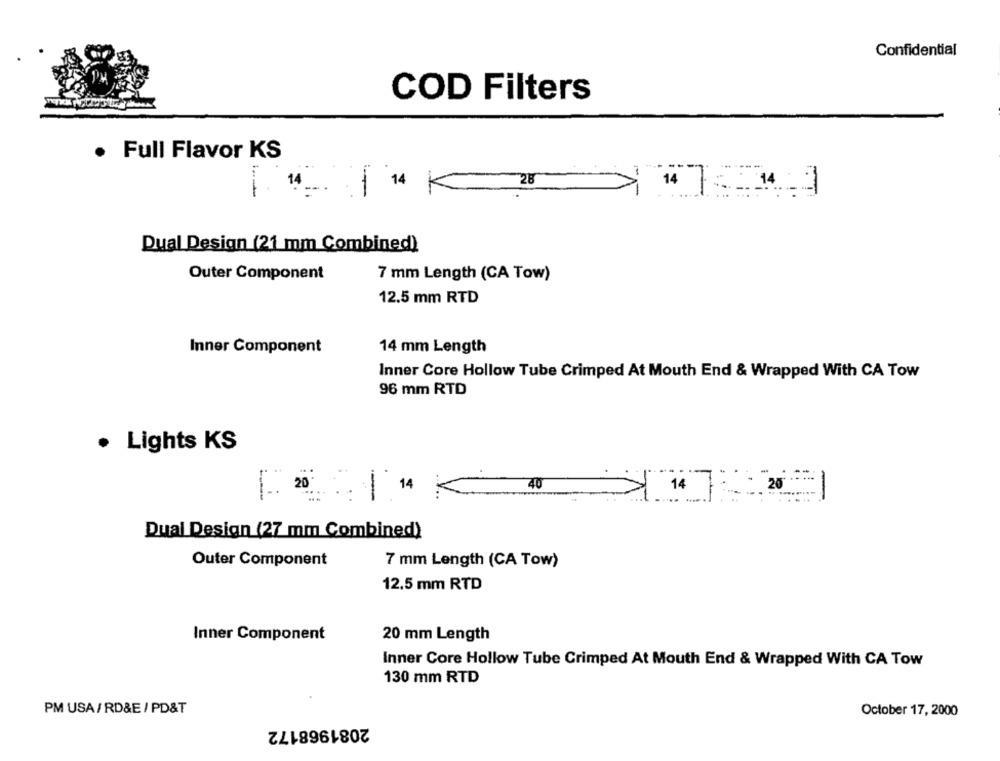
Confidential
COD Filters
· Full Flavor KS
28
--
14
1
Dual Design (21 mm Combined)
Outer Component
7 mm Length (CA Tow)
12.5 mm RTD
Inner Component
14 mm Length
Inner Core Hollow Tube Crimped At Mouth End & Wrapped With CA Tow
96 mm RTD
Lights KS
14
-
Dual Design (27 mm Combined)
Outer Component
7 mm Length (CA Tow)
12.5 mm RTD
Inner Component
20 mm Length
Inner Core Hollow Tube Crimped At Mouth End & Wrapped With CA Tow
130 mm RTD
PM USA/RD&E / PD&T
October 17, 2000
2081968172